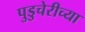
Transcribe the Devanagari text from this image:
पुडुचेरीच्या